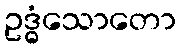
ဥဒ္ဓံသောတော